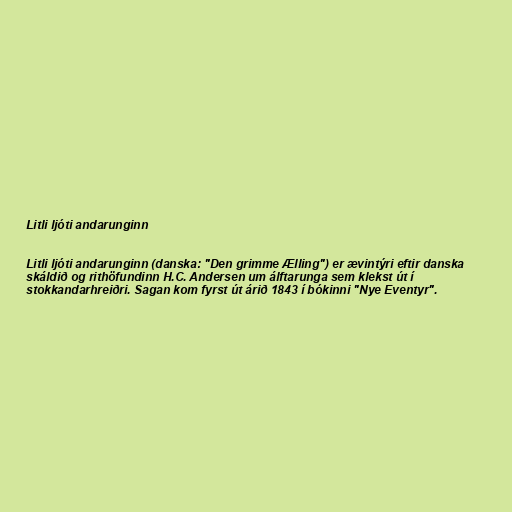
Litli ljóti andarunginn

Litli ljóti andarunginn (danska: "Den grimme Ælling") er ævintýri eftir danska
skáldið og rithöfundinn H.C. Andersen um álftarunga sem klekst út í
stokkandarhreiðri. Sagan kom fyrst út árið 1843 í bókinni "Nye Eventyr".